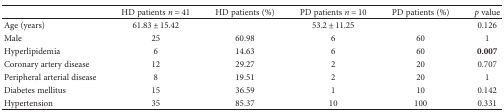
<table><thead><tr><td></td><td><b>HD patients <i>n</i> = 41</b></td><td><b>HD patients (%)</b></td><td><b>PD patients <i>n</i> = 10</b></td><td><b>PD patients (%)</b></td><td><b><i>p</i> value</b></td></tr></thead><tbody><tr><td>Age (years)</td><td>61.83 ± 15.42</td><td></td><td>53.2 ± 11.25</td><td></td><td>0.126</td></tr><tr><td>Male</td><td>25</td><td>60.98</td><td>6</td><td>60</td><td>1</td></tr><tr><td>Hyperlipidemia</td><td>6</td><td>14.63</td><td>6</td><td>60</td><td><b>0.007</b></td></tr><tr><td>Coronary artery disease</td><td>12</td><td>29.27</td><td>2</td><td>20</td><td>0.707</td></tr><tr><td>Peripheral arterial disease</td><td>8</td><td>19.51</td><td>2</td><td>20</td><td>1</td></tr><tr><td>Diabetes mellitus</td><td>15</td><td>36.59</td><td>1</td><td>10</td><td>0.142</td></tr><tr><td>Hypertension</td><td>35</td><td>85.37</td><td>10</td><td>100</td><td>0.331</td></tr></tbody></table>